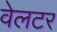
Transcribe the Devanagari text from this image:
वेलटर